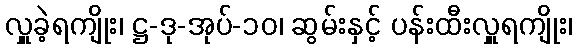
လှူခဲ့ရကျိုး၊ ဋ္ဌ-ဒု-အုပ်-၁၀၊ ဆွမ်းနှင့် ပန်းထီးလှူရကျိုး၊